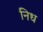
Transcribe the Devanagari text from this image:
निध